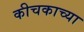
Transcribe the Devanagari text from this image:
कीचकाच्या